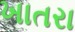
ખાતરા